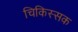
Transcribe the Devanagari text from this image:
चिकिस्सक